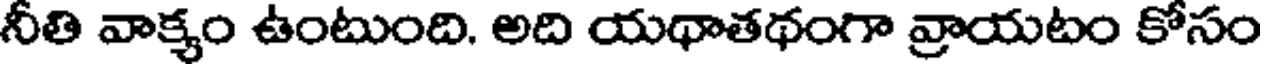
నీతి వాక్యం ఉంటుంది. అది యథాతథంగా వ్రాయటం కోసం